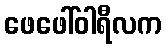
ဖေဖေါ်ဝါရီလက